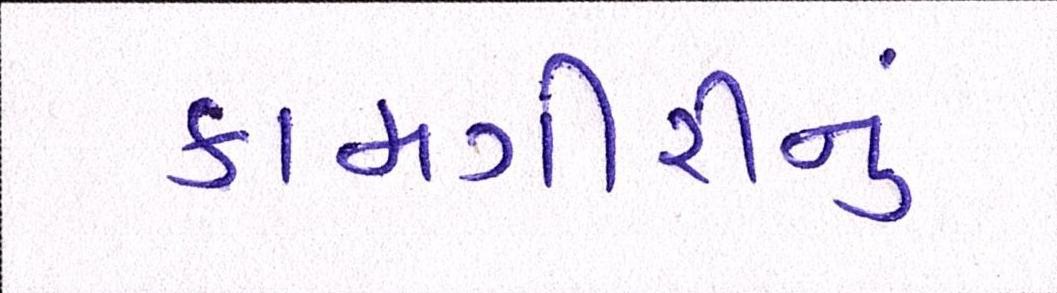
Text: કામગીરીનું